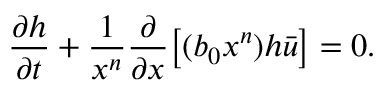
\frac { \partial h } { \partial t } + \frac { 1 } { x ^ { n } } \frac { \partial } { \partial x } \big [ ( b _ { 0 } x ^ { n } ) h \bar { u } \big ] = 0 .